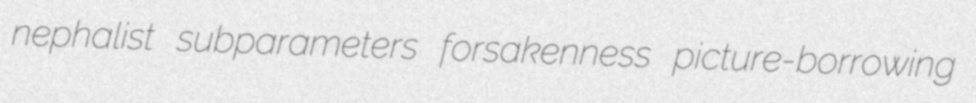
nephalist subparameters forsakenness picture-borrowing